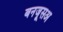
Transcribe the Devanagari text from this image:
बनजूसअ